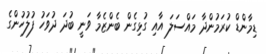
ޑިމާންޑް ކުރަމުންދާ މައްސަލަ އާއި ގުޅިގެން ބެންޒެމާ ވަނީ ބުދަ ދުވަހު ފުލުހުންގެ